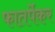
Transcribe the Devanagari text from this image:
फातर्पेकर